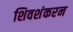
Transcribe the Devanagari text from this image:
शिवशंकरन